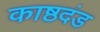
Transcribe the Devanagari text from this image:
काष्ठदंड